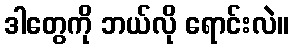
ဒါတွေကို ဘယ်လို ရောင်းလဲ။